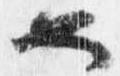
也